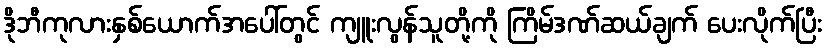
ဒိုဘီကုလားနှစ်ယောက်အပေါ်တွင် ကျူးလွန်သူတို့ကို ကြိမ်ဒဏ်ဆယ်ချက် ပေးလိုက်ပြီး